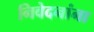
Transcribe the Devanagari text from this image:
निवेदनांना